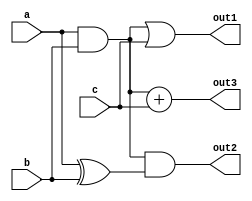
module combinational_logic (
    input wire [3:0] a,      // 4-bit input signal
    input wire [3:0] b,      // 4-bit input signal
    input wire [3:0] c,      // 4-bit input signal
    output wire [3:0] out1,  // Output signal 1
    output wire [3:0] out2,  // Output signal 2
    output wire [3:0] out3   // Output signal 3
);

// Shared logic paths
wire [3:0] common_logic;
wire [3:0] intermediate;

// Common logic implementation
assign common_logic = a & b; // Example of shared logic (AND operation)

// Output logic for out1
assign out1 = common_logic | c; // out1 uses common_logic and input c

// Output logic for out2
assign intermediate = a ^ b; // Another logic path that can be shared
assign out2 = common_logic & intermediate; // out2 uses common_logic and intermediate

// Output logic for out3
assign out3 = common_logic + c; // out3 uses common_logic and input c with addition

endmodule